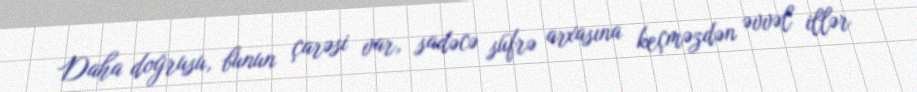
Daha doğrusu, bunun çarəsi var, sadəcə süfrə arxasına keçməzdən əvvəl illər